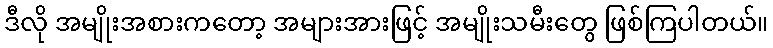
ဒီလို အမျိုးအစားကတော့ အများအားဖြင့် အမျိုးသမီးတွေ ဖြစ်ကြပါတယ်။